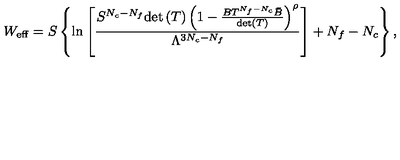
W _ { \mathrm { e f f } } = S \left\{ \ln \left[ \frac { S ^ { N _ { c } - N _ { f } } \mathrm { d e t } \left( T \right) \left( 1 - \frac { B T ^ { N _ { f } - N _ { c } } \bar { B } } { \mathrm { d e t } ( T ) } \right) ^ { \rho } } { \Lambda ^ { 3 N _ { c } - N _ { f } } } \right] + N _ { f } - N _ { c } \right\} ,